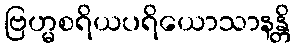
ဗြဟ္မစရိယပရိယောသာနန္တိ